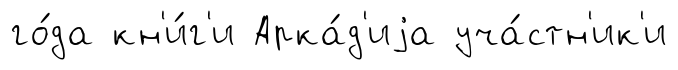
го́да кн'и́г'и Арка́д'иjа уча́стн'ик'и